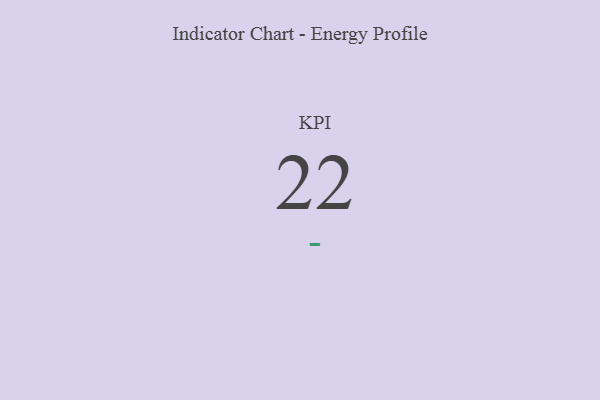
{"axis": {"x": "KPI", "y": "Value"}, "legend": [""], "data": [{"x": "KPI", "y": 22, "type": ""}]}